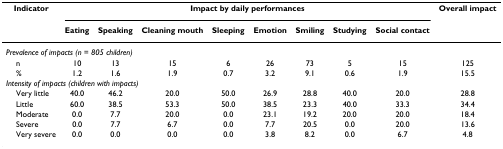
<table><thead><tr><td><b>Indicator</b></td><td colspan="8"><b>Impact by daily performances</b></td><td><b>Overall impact</b></td></tr><tr><td></td><td><b>Eating</b></td><td><b>Speaking</b></td><td><b>Cleaning mouth</b></td><td><b>Sleeping</b></td><td><b>Emotion</b></td><td><b>Smiling</b></td><td><b>Studying</b></td><td><b>Social contact</b></td><td></td></tr></thead><tbody><tr><td colspan="10"><i>Prevalence of impacts (n = 805 children)</i></td></tr><tr><td> n</td><td>10</td><td>13</td><td>15</td><td>6</td><td>26</td><td>73</td><td>5</td><td>15</td><td>125</td></tr><tr><td> %</td><td>1.2</td><td>1.6</td><td>1.9</td><td>0.7</td><td>3.2</td><td>9.1</td><td>0.6</td><td>1.9</td><td>15.5</td></tr><tr><td colspan="10"><i>Intensity of impacts (children with impacts)</i></td></tr><tr><td> Very little</td><td>40.0</td><td>46.2</td><td>20.0</td><td>50.0</td><td>26.9</td><td>28.8</td><td>40.0</td><td>20.0</td><td>28.8</td></tr><tr><td> Little</td><td>60.0</td><td>38.5</td><td>53.3</td><td>50.0</td><td>38.5</td><td>23.3</td><td>40.0</td><td>33.3</td><td>34.4</td></tr><tr><td> Moderate</td><td>0.0</td><td>7.7</td><td>20.0</td><td>0.0</td><td>23.1</td><td>19.2</td><td>20.0</td><td>20.0</td><td>18.4</td></tr><tr><td> Severe</td><td>0.0</td><td>7.7</td><td>6.7</td><td>0.0</td><td>7.7</td><td>20.5</td><td>0.0</td><td>20.0</td><td>13.6</td></tr><tr><td> Very severe</td><td>0.0</td><td>0.0</td><td>0.0</td><td>0.0</td><td>3.8</td><td>8.2</td><td>0.0</td><td>6.7</td><td>4.8</td></tr></tbody></table>